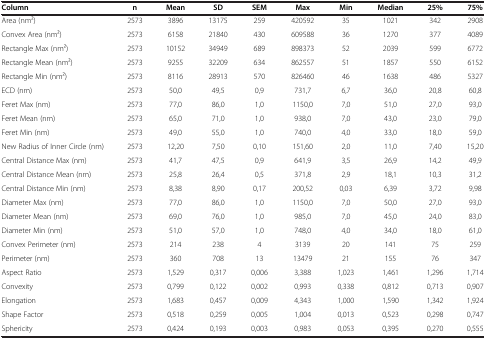
<table><thead><tr><td><b>Column</b></td><td><b>n</b></td><td><b>Mean</b></td><td><b>SD</b></td><td><b>SEM</b></td><td><b>Max</b></td><td><b>Min</b></td><td><b>Median</b></td><td><b>25%</b></td><td><b>75%</b></td></tr></thead><tbody><tr><td>Area (nm2)</td><td>2573</td><td>3896</td><td>13175</td><td>259</td><td>420592</td><td>35</td><td>1021</td><td>342</td><td>2908</td></tr><tr><td>Convex Area (nm2)</td><td>2573</td><td>6158</td><td>21840</td><td>430</td><td>609588</td><td>36</td><td>1270</td><td>377</td><td>4089</td></tr><tr><td>Rectangle Max (nm2)</td><td>2573</td><td>10152</td><td>34949</td><td>689</td><td>898373</td><td>52</td><td>2039</td><td>599</td><td>6772</td></tr><tr><td>Rectangle Mean (nm2)</td><td>2573</td><td>9255</td><td>32209</td><td>634</td><td>862557</td><td>51</td><td>1857</td><td>550</td><td>6152</td></tr><tr><td>Rectangle Min (nm2)</td><td>2573</td><td>8116</td><td>28913</td><td>570</td><td>826460</td><td>46</td><td>1638</td><td>486</td><td>5327</td></tr><tr><td>ECD (nm)</td><td>2573</td><td>50,0</td><td>49,5</td><td>0,9</td><td>731,7</td><td>6,7</td><td>36,0</td><td>20,8</td><td>60,8</td></tr><tr><td>Feret Max (nm)</td><td>2573</td><td>77,0</td><td>86,0</td><td>1,0</td><td>1150,0</td><td>7,0</td><td>51,0</td><td>27,0</td><td>93,0</td></tr><tr><td>Feret Mean (nm)</td><td>2573</td><td>65,0</td><td>71,0</td><td>1,0</td><td>938,0</td><td>7,0</td><td>43,0</td><td>23,0</td><td>79,0</td></tr><tr><td>Feret Min (nm)</td><td>2573</td><td>49,0</td><td>55,0</td><td>1,0</td><td>740,0</td><td>4,0</td><td>33,0</td><td>18,0</td><td>59,0</td></tr><tr><td>New Radius of Inner Circle (nm)</td><td>2573</td><td>12,20</td><td>7,50</td><td>0,10</td><td>151,60</td><td>2,0</td><td>11,0</td><td>7,40</td><td>15,20</td></tr><tr><td>Central Distance Max (nm)</td><td>2573</td><td>41,7</td><td>47,5</td><td>0,9</td><td>641,9</td><td>3,5</td><td>26,9</td><td>14,2</td><td>49,9</td></tr><tr><td>Central Distance Mean (nm)</td><td>2573</td><td>25,8</td><td>26,4</td><td>0,5</td><td>371,8</td><td>2,9</td><td>18,1</td><td>10,3</td><td>31,2</td></tr><tr><td>Central Distance Min (nm)</td><td>2573</td><td>8,38</td><td>8,90</td><td>0,17</td><td>200,52</td><td>0,03</td><td>6,39</td><td>3,72</td><td>9,98</td></tr><tr><td>Diameter Max (nm)</td><td>2573</td><td>77,0</td><td>86,0</td><td>1,0</td><td>1150,0</td><td>7,0</td><td>50,0</td><td>27,0</td><td>93,0</td></tr><tr><td>Diameter Mean (nm)</td><td>2573</td><td>69,0</td><td>76,0</td><td>1,0</td><td>985,0</td><td>7,0</td><td>45,0</td><td>24,0</td><td>83,0</td></tr><tr><td>Diameter Min (nm)</td><td>2573</td><td>51,0</td><td>57,0</td><td>1,0</td><td>748,0</td><td>4,0</td><td>34,0</td><td>18,0</td><td>61,0</td></tr><tr><td>Convex Perimeter (nm)</td><td>2573</td><td>214</td><td>238</td><td>4</td><td>3139</td><td>20</td><td>141</td><td>75</td><td>259</td></tr><tr><td>Perimeter (nm)</td><td>2573</td><td>360</td><td>708</td><td>13</td><td>13479</td><td>21</td><td>155</td><td>76</td><td>347</td></tr><tr><td>Aspect Ratio</td><td>2573</td><td>1,529</td><td>0,317</td><td>0,006</td><td>3,388</td><td>1,023</td><td>1,461</td><td>1,296</td><td>1,714</td></tr><tr><td>Convexity</td><td>2573</td><td>0,799</td><td>0,122</td><td>0,002</td><td>0,993</td><td>0,338</td><td>0,812</td><td>0,713</td><td>0,907</td></tr><tr><td>Elongation</td><td>2573</td><td>1,683</td><td>0,457</td><td>0,009</td><td>4,343</td><td>1,000</td><td>1,590</td><td>1,342</td><td>1,924</td></tr><tr><td>Shape Factor</td><td>2573</td><td>0,518</td><td>0,259</td><td>0,005</td><td>1,004</td><td>0,013</td><td>0,523</td><td>0,298</td><td>0,747</td></tr><tr><td>Sphericity</td><td>2573</td><td>0,424</td><td>0,193</td><td>0,003</td><td>0,983</td><td>0,053</td><td>0,395</td><td>0,270</td><td>0,555</td></tr></tbody></table>